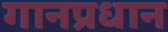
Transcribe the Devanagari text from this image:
गानप्रधान